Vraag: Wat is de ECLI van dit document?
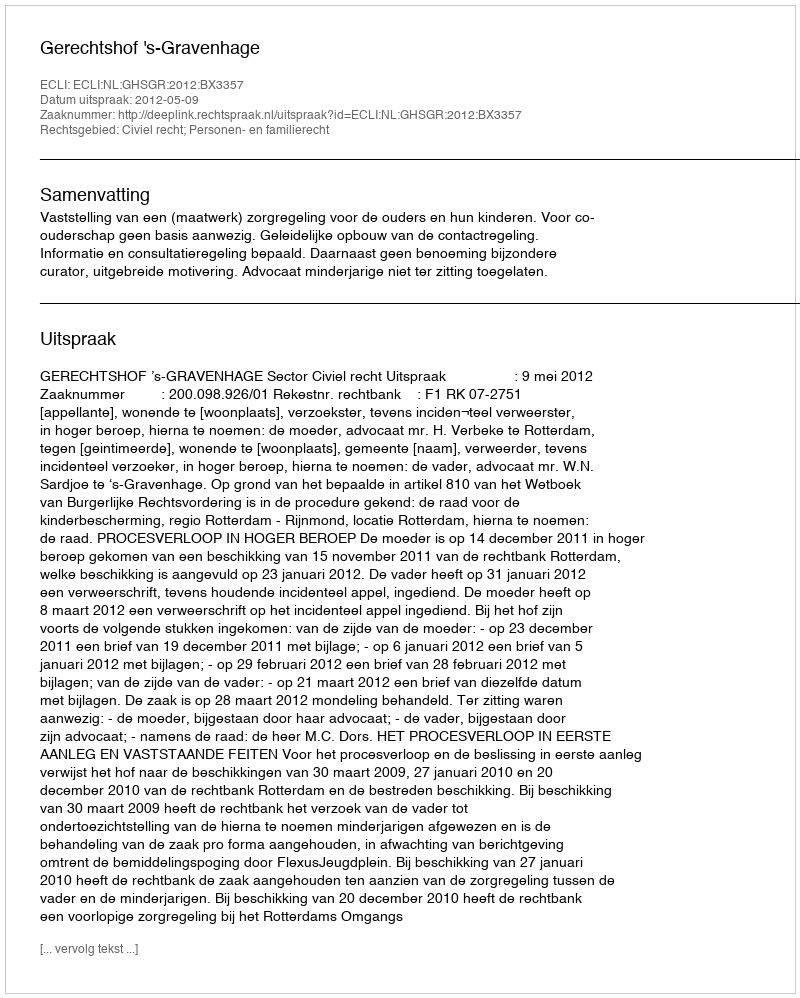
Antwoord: ECLI:NL:GHSGR:2012:BX3357